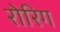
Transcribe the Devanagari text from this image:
रोरिग